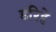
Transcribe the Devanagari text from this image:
डरिहें